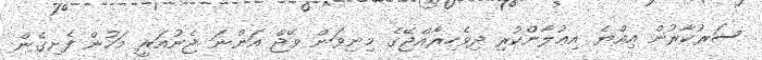
ސަރުކާރުން އިއްޔެ އިޢުލާންކުރި ދިވެހިރާއްޖޭގެ މިނިވަން ވޭޖް އަންނަ ޖެނުއަރީ މަހުން ފެށިގެން